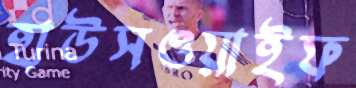
হাউসওয়াইফ